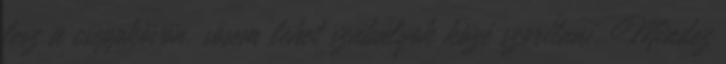
lesz a cseppkövön, sosem lehet szabályok közé szorítani. Mindez